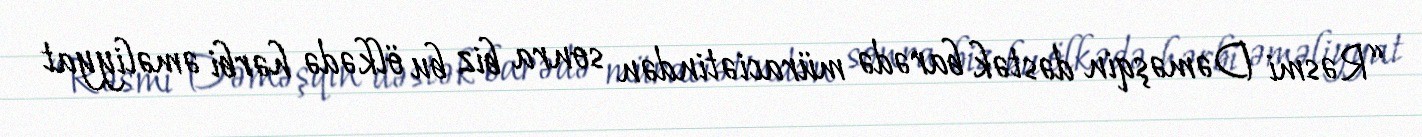
“Rəsmi Dəməşqin dəstək barədə müraciətindən sonra biz bu ölkədə hərbi əməliyyat